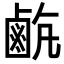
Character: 𪉡